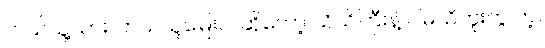
ဘယ်သူ့သား၊ ဘယ်သူ့မြေးပါ ဆိုတော့ သိသိကြီးနဲ့ ငါမသိဘူးကွ တဲ့။